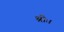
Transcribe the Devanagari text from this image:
श्रीः।